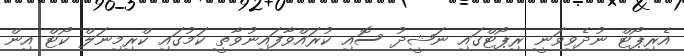
އެރިޕޯޓް ނުދެވިވަނީ ރިޕޯޓްގައި ނަޝީދު ސޮއި ކުރައްވާފައިނުވާތީ ކަމުގައި ކްރިމިނަލް ކޯޓް އިން